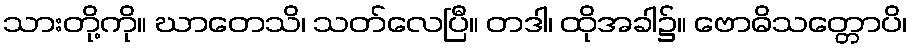
သားတို့ကို။ ဃာတေသိ၊ သတ်လေပြီ။ တဒါ၊ ထိုအခါ၌။ ဗောဓိသတ္တောပိ၊